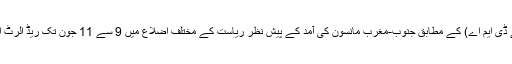
کیرالہ آفات انتظامی اتھارٹی (کے ڈی ایم اے) کے مطابق جنوب-مغرب مانسون کی آمد کے پیش نظر ریاست کے مختلف اضلاع میں 9 سے 11 جون تک ریڈ الرٹ اور آرینج الرٹ جاری کیا گیا ہے۔